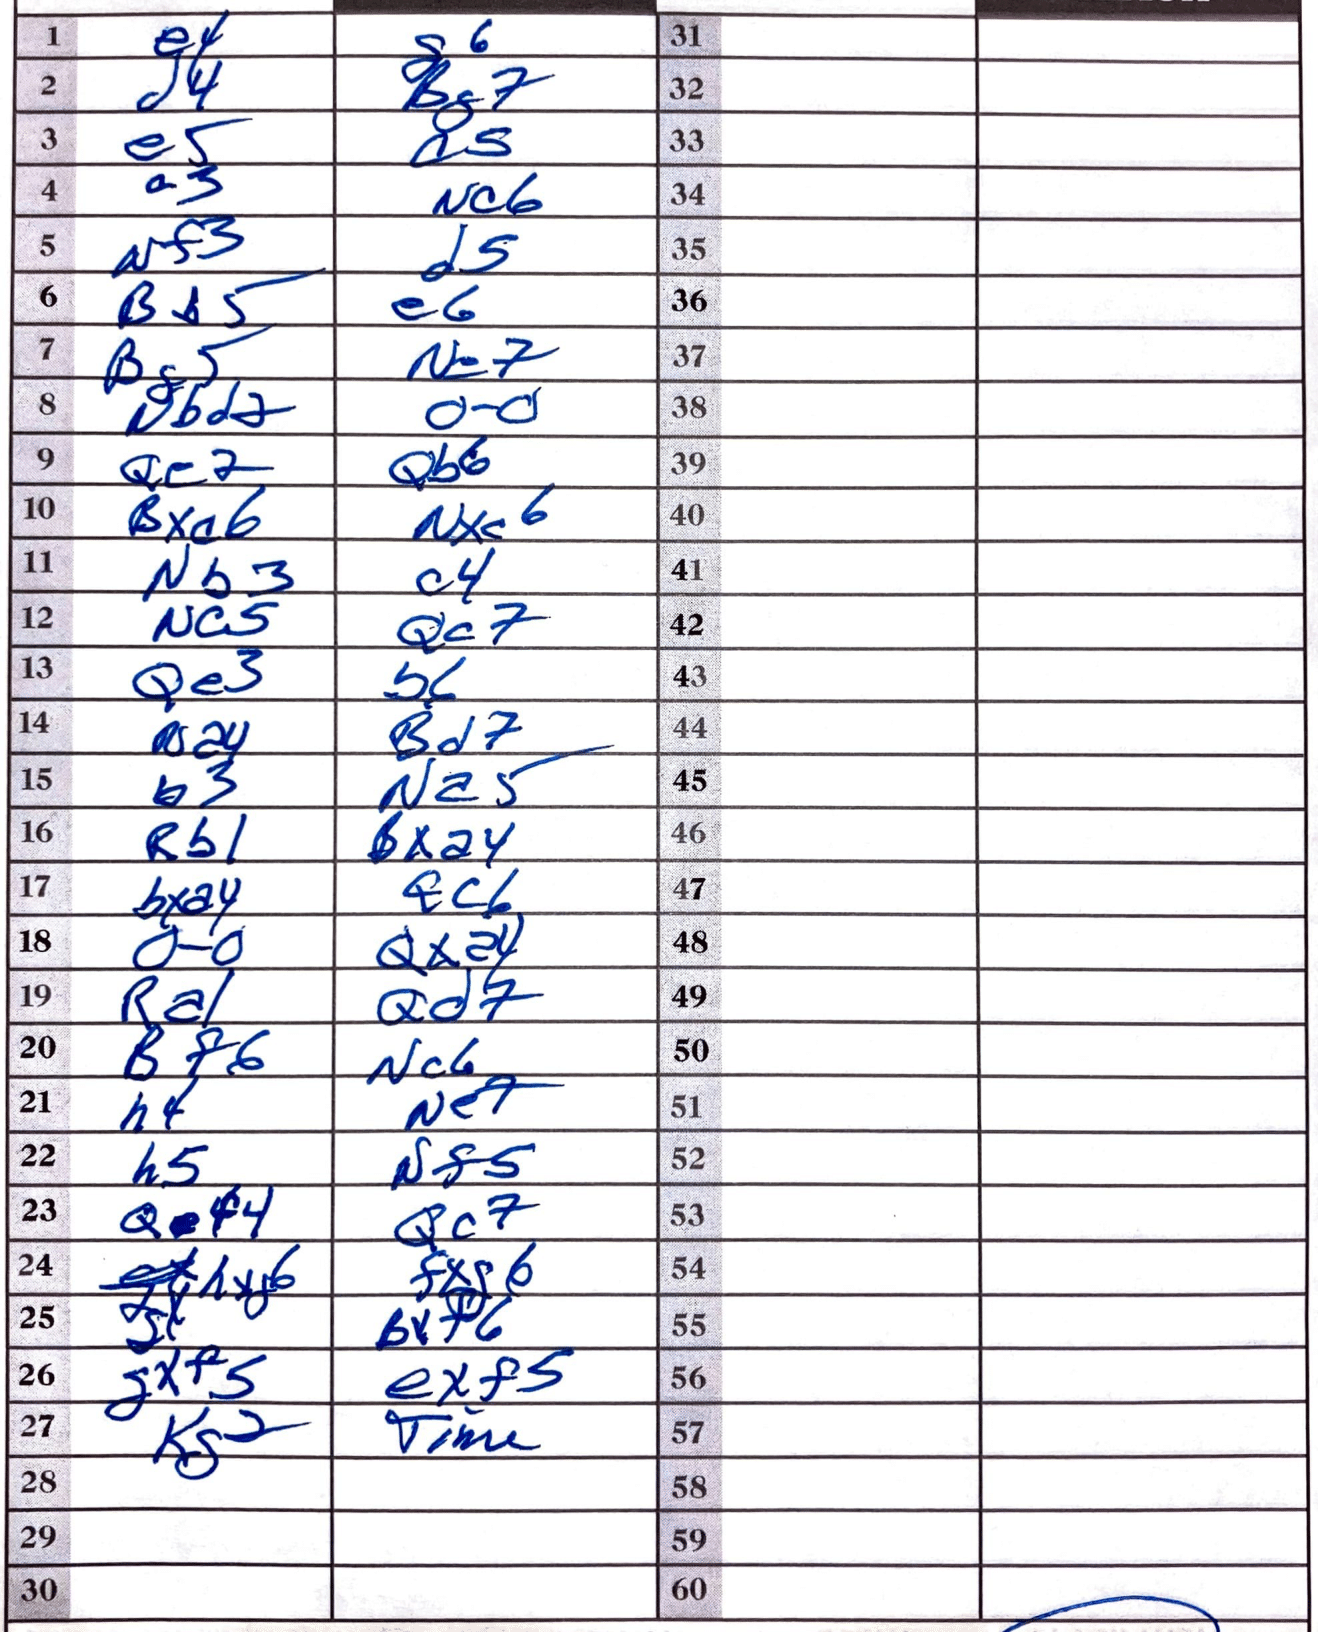
Moves: e4 g6 d4 Bg7 e5 a5 a3 Nc6 Nf3 d5 Bb5 e6 Bg5 Ne7 Nbd2 O-O Qe2 Qb6 Bxc6 Nxc6 Nb3 c4 Nc5 Qc7 Qe3 b6 Na4 Bd7 b3 Na5 Rb1 Bxa4 bxa4 Qc6 O-O Qxa4 Ra1 Qd7 Bf6 Nc6 h4 Ne7 h5 Nf5 Qf4 Qc7 hxg6 fxg6 Bxf6 gxf5 exf5 Kg2